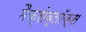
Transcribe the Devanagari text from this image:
मैक्रोब्लॉक्स